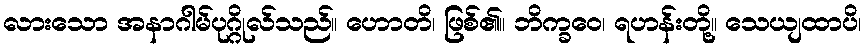
လားသော အနာဂါမ်ပုဂ္ဂိုလ်သည်။ ဟောတိ၊ ဖြစ်၏။ ဘိက္ခဝေ၊ ရဟန်းတို့။ သေယျထာပိ၊